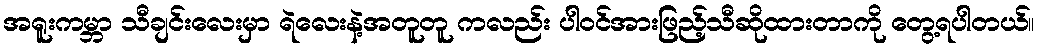
အရူးကမ္ဘာ သီချင်းလေးမှာ ရဲလေးနဲ့အတူတူ ကလည်း ပါဝင်အားဖြည့်သီဆိုထားတာကို တွေ့ရပါတယ်။